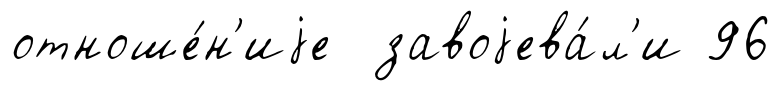
отноше́н'иjе завоjева́л'и 96